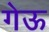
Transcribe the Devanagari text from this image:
गेऊ